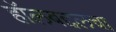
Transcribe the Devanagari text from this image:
हॉलबद्दलचा